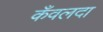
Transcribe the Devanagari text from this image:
कँवलदा